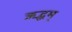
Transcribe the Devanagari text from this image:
ऋद्धम्